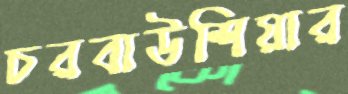
চরবাউশিয়ার